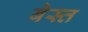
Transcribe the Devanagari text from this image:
बेस्त